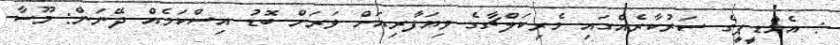
: އެމްޑީޕީގެ ސަރުކާރެއްގައި މެރިކަލްޗާގެ ވިޔަފާރިއަށް ވަރަށް ބޮޑު އިސްކަމެއް ދޭނަން: މޫސާ